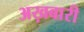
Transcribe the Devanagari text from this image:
अख़बारी